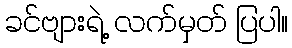
ခင်ဗျားရဲ့ လက်မှတ် ပြပါ။